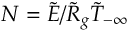
N = \tilde { E } / \tilde { R } _ { g } \tilde { T } _ { - \infty }